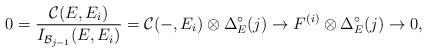
LaTeX: \begin{align*} 0=\frac{\mathcal{C}(E,E_i)}{I_{\mathcal{B}_{j-1}}(E,E_i)}=\mathcal{C}(-,E_i)\otimes \Delta_E^{\circ}(j)\rightarrow F^{(i)}\otimes\Delta_E^{\circ}(j) \rightarrow 0,\end{align*}